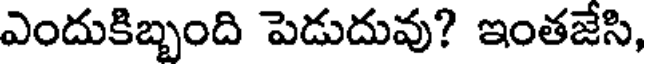
ఎందుకిబ్బంది పెడుదువు? ఇంతజేసి,